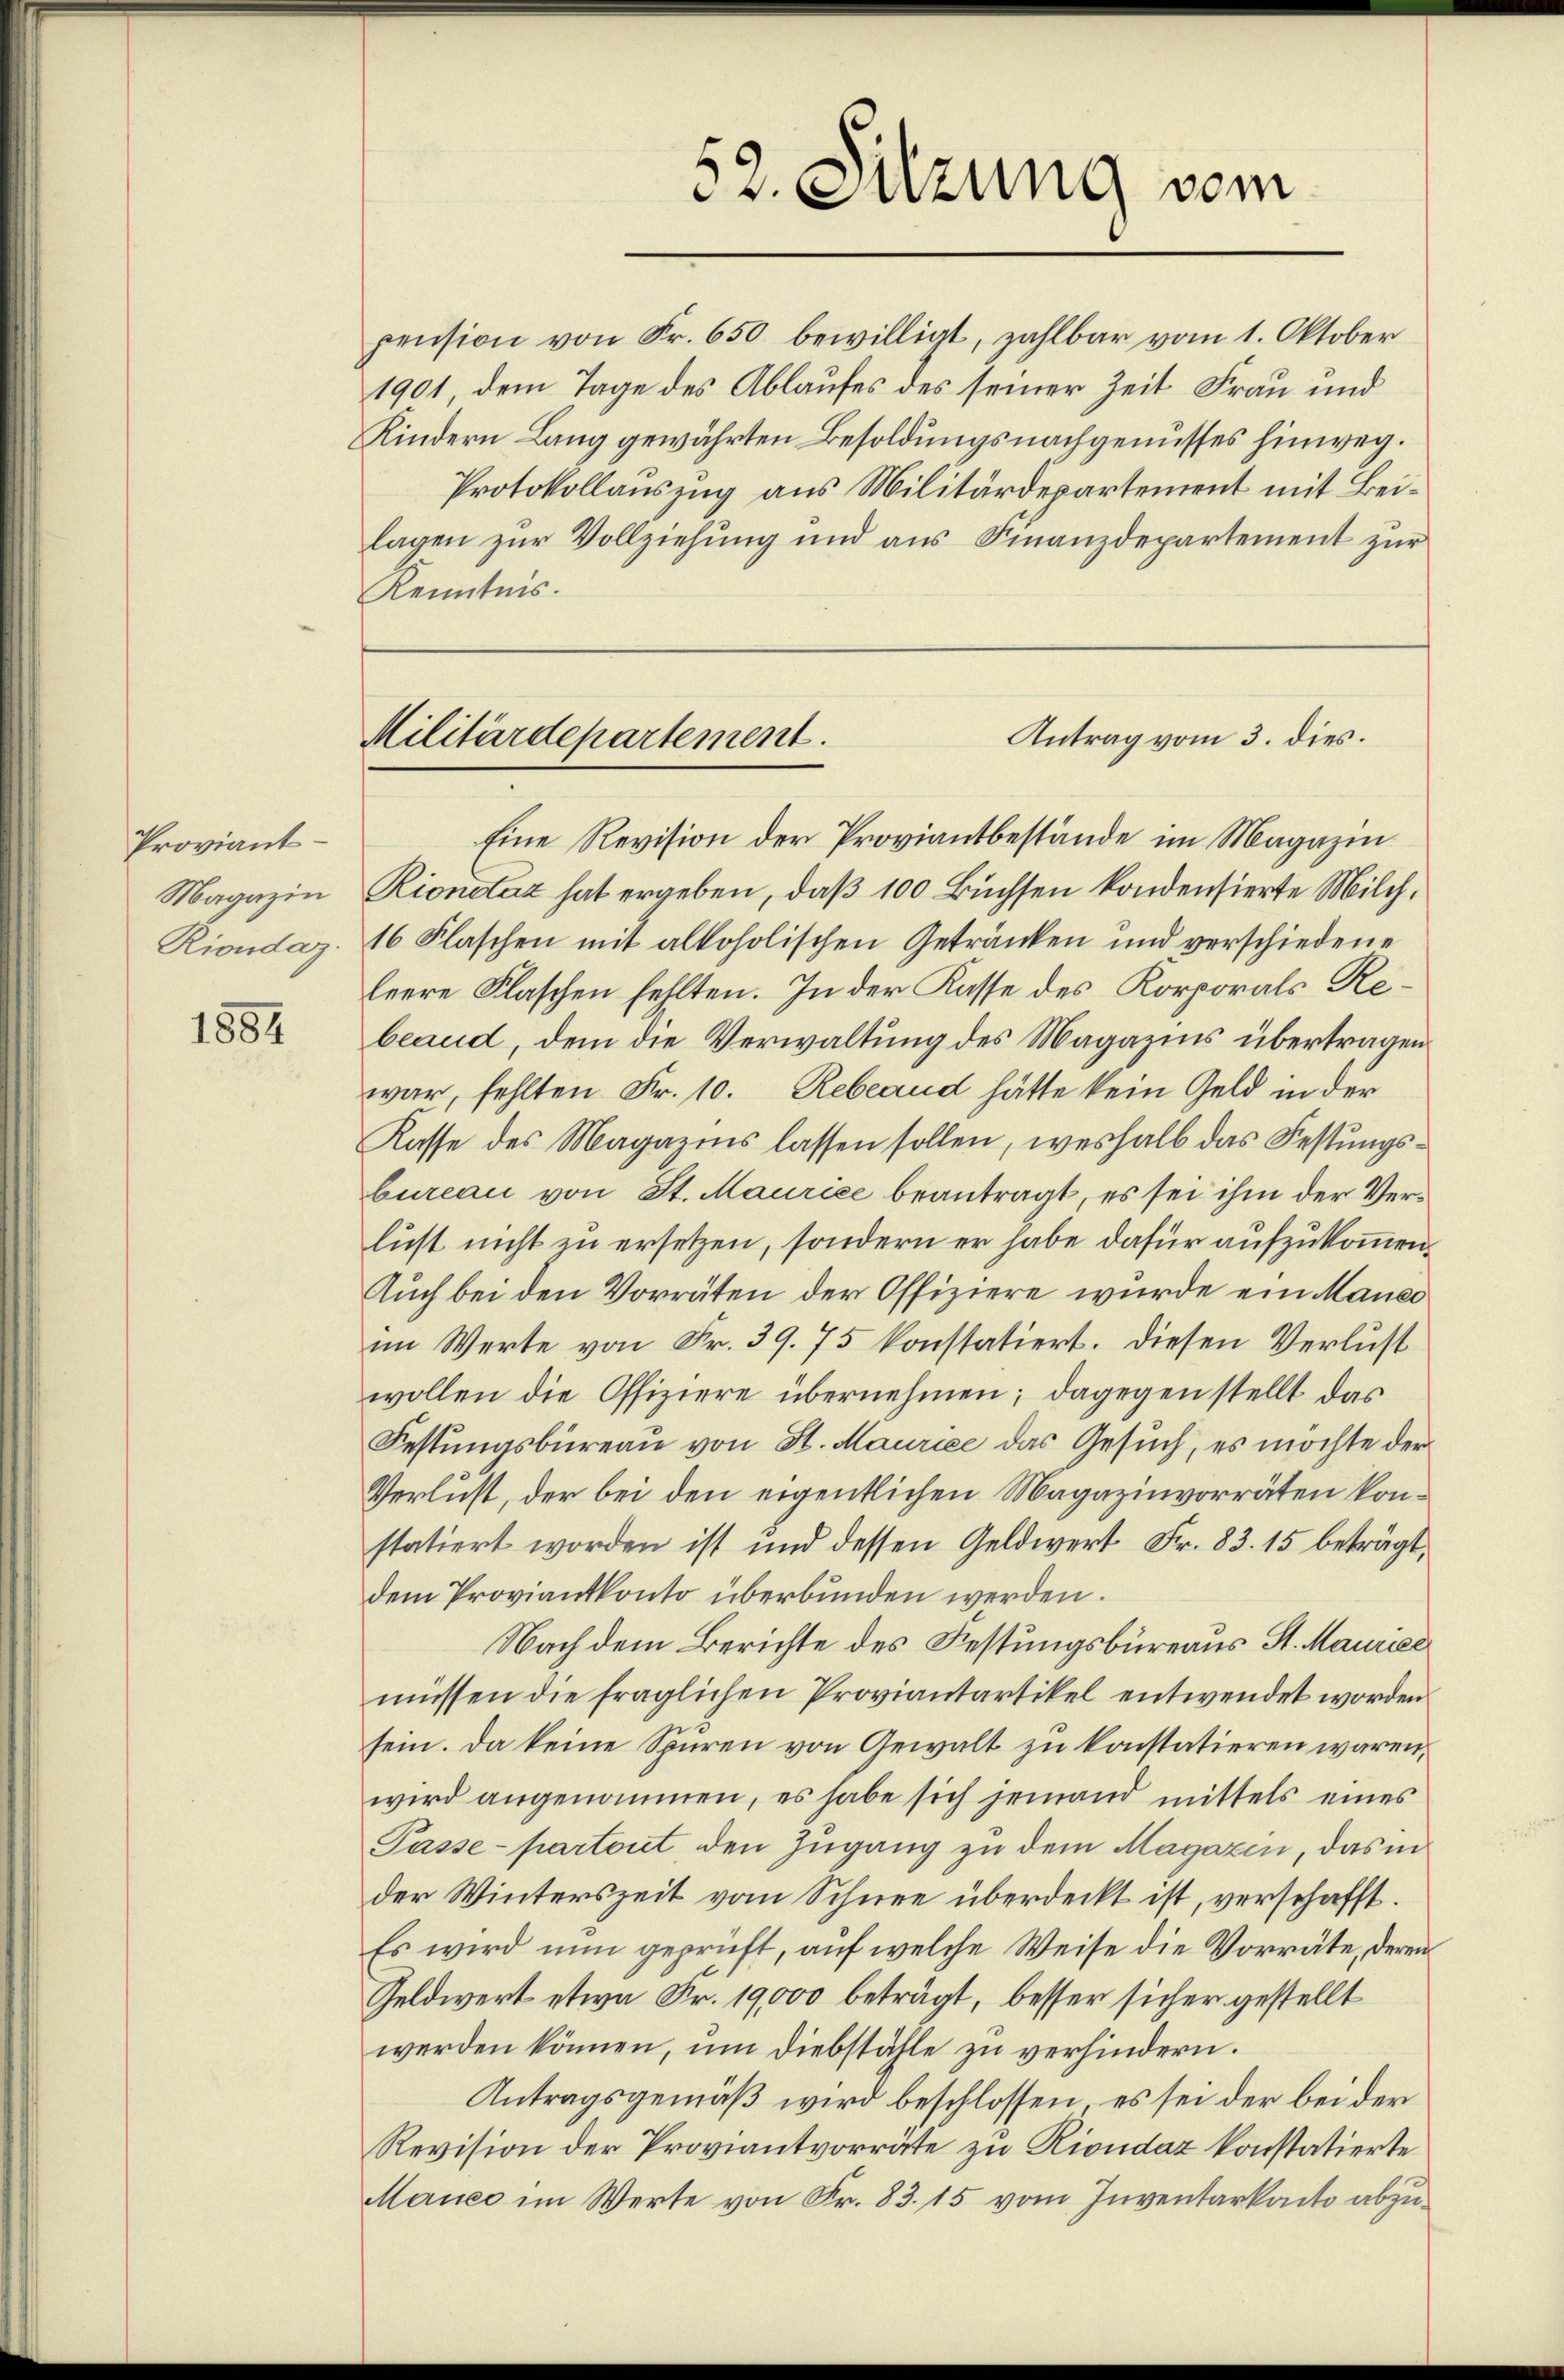
Proviant
Magazin
Riondaz.

1884

Kenntnis.

pension von Fr. 650 bewilligt, zahlbar vom 1. Oktober
1901, dem Tage des Ablaufes des seiner Zeit Frau und
Kindern Lang gewährten Besoldungsnachgenusses hinweg.
Protokollauszug aus Militärdepartement mit Beilagen zur Vollziehung und aus Finanzdepartement zur
Eine Revision der Proviantbestände im Magazin
Rionetaz hat ergeben, daß 100 Büchsen kondensierte Milch¬
16 Flaschen mit alkoholischen Getränken und verschiedene
leere Flaschen fehlten. In der Kasse des Korporals Rebeaud, dem die Verwaltung des Magazins übertragen
war, fehlten Fr. 10. Rebeand hätte kein Geld in der
Kasse des Magazins lassen sollen, weshalb das Festungsbureau von St. Maurice beantragt, es sei ihm der Verlust nicht zu ersetzen, sondern er habe dafür aufzukommen¬
Auch bei den Vorräten der Offiziere wurde ein Mauer
im Werte von Fr. 39. 75 konstatiert. Diesen Verlust
wollen die Offiziere übernehmen; dagegen stellt das
Festungsbüreau von St. Maurice das Gesuch, es möchte der
Verlust, der bei den eigentlichen Magazinvorräten konstatiert worden ist und dessen Geldwert Fr. 83. 15 beträgt,
dem Proviantkonto überbunden werden.
Nach dem Berichte des Festungsbüreaus St. Maurier
müssen die fraglichen Proviantartikel entwendet worden
sein. Da keine Spuren von Gewalt zu konstatieren wären,
wird angenommen, es habe sich jemand mittels eines
Pässe-partout den Zugang zu dem Magazin, das in
der Winterszeit vom Schnee überdeckt ist, verschafft.
Es wird nun geprüft, auf welche Weise die Vorräte, deren
Geldwert etwa Fr. 19,000 beträgt, besser sicher gestellt
werden können, um Diebstähle zu verhindern.
Antragsgemäß wird beschlossen, es sei der bei der
Revision der Proviantvorräte zu Riondaz konstatierte
Manes im Werte von Fr. 83. 15 vom Inventarkacto abzu¬

52. Sitzung vom

Antrag vom 3. dies.
Militärdepartement.